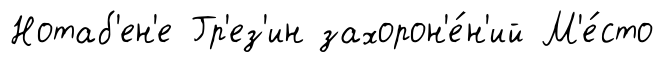
Нотаб'ен'е Гр'ез'ин захорон'е́н'ий М'е́сто